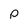
Character: p